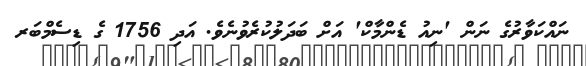
ނައްކަވާރުގެ ނަން 'ނިއު ޑެންމާކް' އަށް ބަދަލުކުރެވުނެވެ. އަދި 1756 ގެ ޑިސެމްބަރ